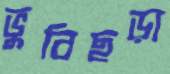
ভুবিছড়া